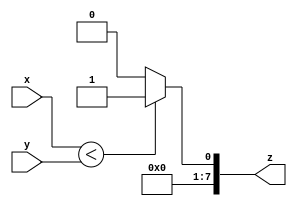
module alu_slt #(
	parameter WIDTH = 8
) (
	input  [WIDTH-1:0] x,
	input  [WIDTH-1:0] y,
	output [WIDTH-1:0] z
);

assign z = (x < y) ? 1 : 0;

endmodule